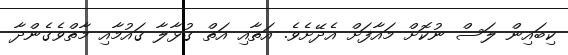
ކިބައިން ލަސް ނުކޮށް މައާފަށް އެދޭށެވެ. އަތާއި އަތް ގުޅާލާ ޤައުމާއި މާތްވެގެންދާ